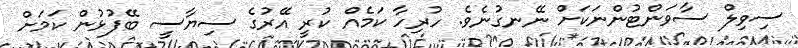
ސިވިލް ސާވަންޓުންނަކަށް ނޭނގުނެވެ. ހުރިހާ ކަމެއް ކުރީ އޭރުގެ ސިޔާސީ ބޭފުޅުން ކަމަށް